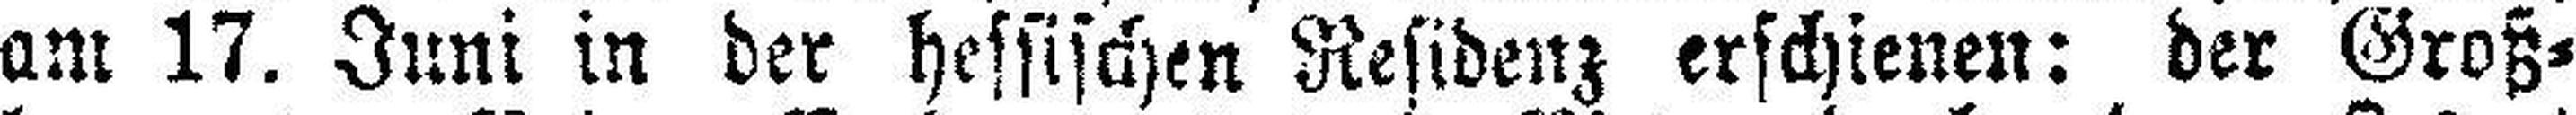
am 17. Juni in der hessischen Residenz erschienen: der Groß¬